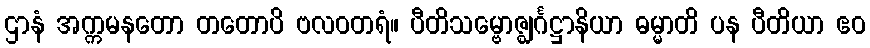
ဌာနံ အက္ကမနတော တတောပိ ဗလဝတရံ။ ပီတိသမ္ဗောဇ္ဈင်္ဂဋ္ဌာနိယာ ဓမ္မာတိ ပန ပီတိယာ ဧဝ